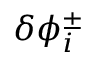
\delta \phi _ { i } ^ { \pm }